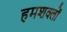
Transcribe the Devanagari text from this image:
हमशक्लों